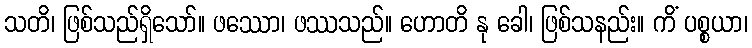
သတိ၊ ဖြစ်သည်ရှိသော်။ ဖဿော၊ ဖဿသည်။ ဟောတိ နု ခေါ၊ ဖြစ်သနည်း။ ကိံ ပစ္စယာ၊